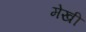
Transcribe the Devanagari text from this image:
मेखी